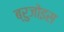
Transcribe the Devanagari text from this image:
ब्रुजोइस